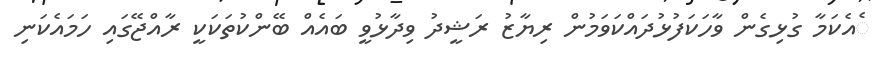
ެއެކަމާ ގުޅިގެން ވާހަކަފުޅުދައްކަވަމުން ރިޔާޒު ރަޝީދު ވިދާޅުވީ ބައެއް ބޭންކުތަކަކީ ރާއްޖޭގައި ހަމައެކަނި